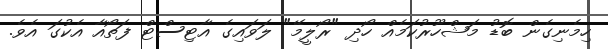
ހިމެނިގެން ބޮޑު މަޝްހޫރުކަމެއް ހޯދި "ރޯލީމޭ" ލަވައިގެ އާޓިސްޓް ފަތޯއާ އެކުގަ އެވެ.